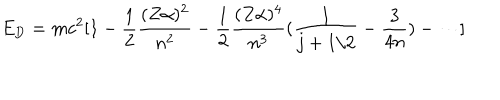
E _ { \mathrm { D } } = m c ^ { 2 } [ 1 - \frac { 1 } { 2 } \frac { ( Z \alpha ) ^ { 2 } } { n ^ { 2 } } - \frac { 1 } { 2 } \frac { ( Z \alpha ) ^ { 4 } } { n ^ { 3 } } ( \frac { 1 } { j + 1 / 2 } - \frac { 3 } { 4 n } ) - \cdots ]